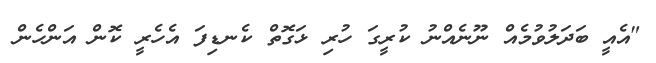
"އެއީ ބަދަލުވުމެއް ނޫނެއްނު ކުރީގަ ހުރި ޅަގޮތް ކެނޑިފަ އެހެރީ ކޮން އަންހެން